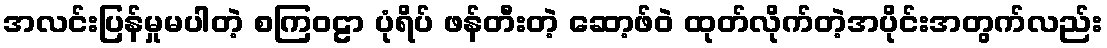
အလင်းပြန်မှုမပါတဲ့ စကြဝဠာ ပုံရိပ် ဖန်တီးတဲ့ ဆော့ဖ်ဝဲ ထုတ်လိုက်တဲ့အပိုင်းအတွက်လည်း